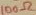
Text: 100Ω